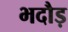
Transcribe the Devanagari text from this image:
भदौड़